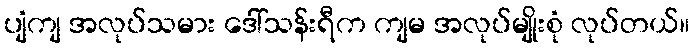
ပျံကျ အလုပ်သမား ဒေါ်သန်းရီက ကျမ အလုပ်မျိုးစုံ လုပ်တယ်။